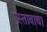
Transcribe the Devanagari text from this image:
प्रस्तावाचा